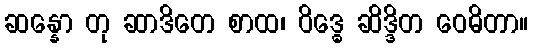
ဆန္နော တု ဆာဒိတေ စာထ၊ ဝိဒ္ဓေ ဆိဒ္ဒိတ ဝေဓိတာ။